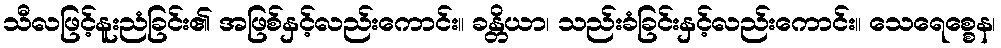
သီလဖြင့်နူးညံခြင်း၏ အဖြစ်နှင့်လည်းကောင်း။ ခန္တိယာ၊ သည်းခံခြင်းနှင့်လည်းကောင်း။ သေရေစ္စေန၊